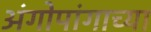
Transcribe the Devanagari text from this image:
अंगोपांगाच्या